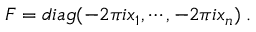
F = d i a g ( - 2 \pi i x _ { 1 } , \cdots , - 2 \pi i x _ { n } ) \; .